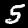
Digit: 5